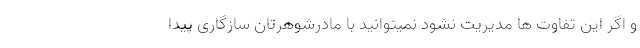
و اگر این تفاوت ها مدیریت نشود نمیتوانید با مادرشوهرتان سازگاری پیدا